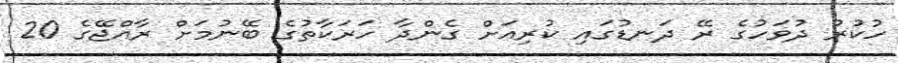
ހުކުރު ދުވަހުގެ ރޭ ދަނޑުގައި ކުރިއަށް ގެންދާ ހަރަކާތުގެ ބޭނުމަށް ރާއްޖޭގެ 20